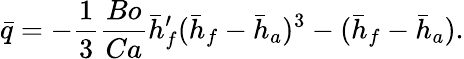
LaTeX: \bar{q}=-{\frac{1}{3}}{\frac{Bo}{Ca}}\bar{h}_{f}^{\prime}(\bar{h}_{f}-\bar{h}_{a})^{3}-(\bar{h}_{f}-\bar{h}_{a}).